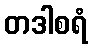
တဒါစရံ